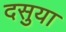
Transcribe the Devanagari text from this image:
दसुया